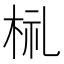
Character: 𣑶